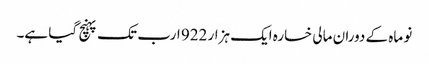
نو ماہ کے دوران مالی خسارہ ایک ہزار 922 ارب تک پہنچ گیا ہے۔